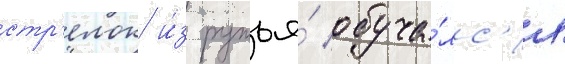
стр'елок и́з ружья́ обуча́лс'я